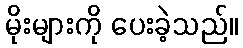
မိုးများကို ပေးခဲ့သည်။